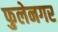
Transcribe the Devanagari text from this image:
फुलेनगर